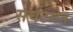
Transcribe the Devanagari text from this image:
सघटनेत